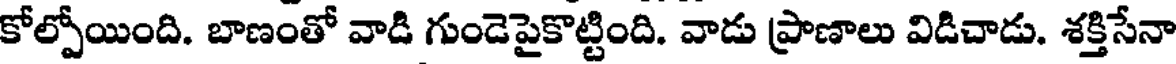
కోల్పోయింది. బాణంతో వాడి గుండెపైకొట్టింది. వాడు ప్రాణాలు విడిచాడు. శక్తిసేనా